Civil Veterinary Dept. Bombay admin report 1923-31 - 1923-1931
Year: 1923
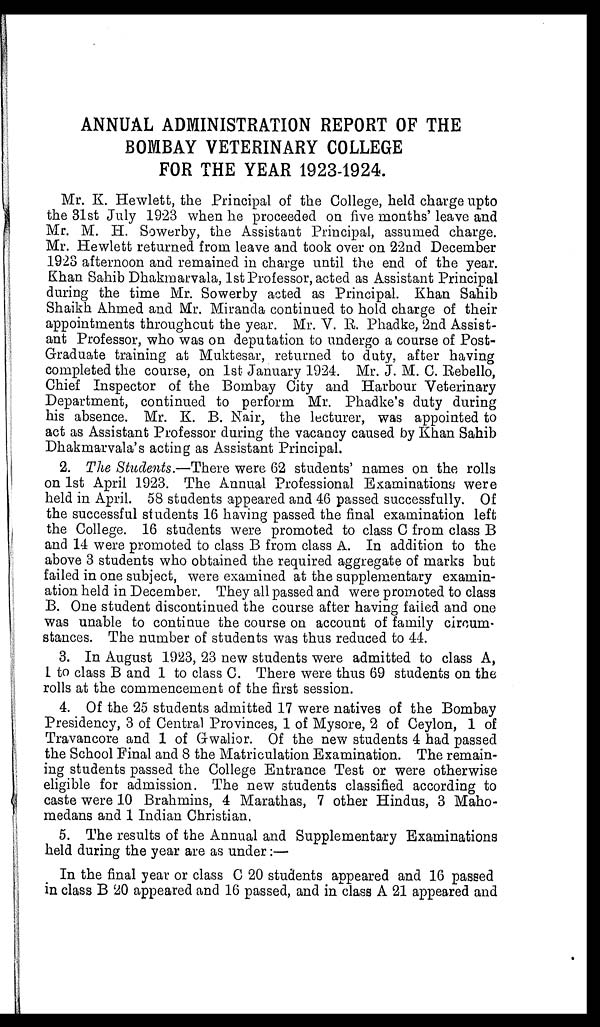
ANNUAL ADMINISTRATION REPORT OF THE
BOMBAY VETERINARY COLLEGE
FOR THE YEAR 1923-1924.
Mr. K. Hewlett, the Principal of the College, held charge upto
the 31st July 1923 when he proceeded on five months' leave and
Mr. M. H. Sowerby, the Assistant Principal, assumed charge.
Mr. Hewlett returned from leave and took over on 22nd December
1923 afternoon and remained in charge until the end of the year.
Khan Sahib Dhakmarvala, 1st Professor, acted as Assistant Principal
during the time Mr. Sowerby acted as Principal. Khan Sahib
Shaikh Ahmed and Mr. Miranda continued to hold charge of their
appointments throughout the year. Mr. V. R. Phadke, 2nd Assist-
ant Professor, who was on deputation to undergo a course of Post-
Graduate training at Muktesar, returned to duty, after having
completed the course, on 1st January 1924. Mr. J. M. C. Rebello,
Chief Inspector of the Bombay City and Harbour Veterinary
Department, continued to perform Mr. Phadke's duty during
his absence. Mr. K. B. Nair, the lecturer, was appointed to
act as Assistant Professor during the vacancy caused by Khan Sahib
Dhakmarvala's acting as Assistant Principal.
2. The Students.—There were 62 students' names on the rolls
on 1st April 1923. The Annual Professional Examinations were
held in April. 58 students appeared and 46 passed successfully. Of
the successful students 16 having passed the final examination left
the College. 16 students were promoted to class C from class B
and 14 were promoted to class B from class A. In addition to the
above 3 students who obtained the required aggregate of marks but
failed in one subject, were examined at the supplementary examin-
ation held in December. They all passed and were promoted to class
B. One student discontinued the course after having failed and one
was unable to continue the course on account of family circum-
stances. The number of students was thus reduced to 44.
3. In August 1923, 23 new students were admitted to class A,
1 to class B and 1 to class C. There were thus 69 students on the
rolls at the commencement of the first session.
4. Of the 25 students admitted 17 were natives of the Bombay
Presidency, 3 of Central Provinces, 1 of Mysore, 2 of Ceylon, 1 of
Travancore and 1 of Gwalior. Of the new students 4 had passed
the School Final and 8 the Matriculation Examination. The remain-
ing students passed the College Entrance Test or were otherwise
eligible for admission. The new students classified according to
caste were 10 Brahmins, 4 Marathas, 7 other Hindus, 3 Maho-
medans and 1 Indian Christian.
5. The results of the Annual and Supplementary Examinations
held during the year are as under :—
In the final year or class C 20 students appeared and 16 passed
in class B 20 appeared and 16 passed, and in class A 21 appeared and